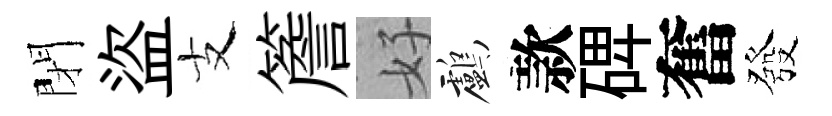
閉盜支簷好鸕款𥓓奮發